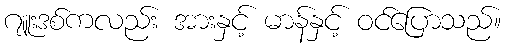
ဂျူးဒစ်ကလည်း အားနှင့် မာန်နှင့် ဝင်ပြောသည်။